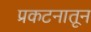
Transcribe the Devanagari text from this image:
प्रकटनातून